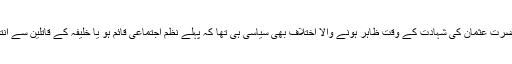
اسی طرح حضرت عثمانؓ کی شہادت کے وقت ظاہر ہونے والا اختلاف بھی سیاسی ہی تھا کہ پہلے نظم اجتماعی قائم ہو یا خلیفہ کے قاتلین سے انتقام لیا جائے؟